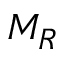
M _ { R }